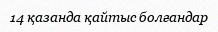
14 қазанда қайтыс болғандар